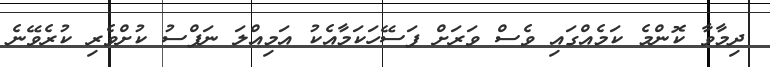
ދިމާވާ ކޮންމެ ކަމެއްގައި ވެސް ވަރަށް ފަސޭހަކަމާއެކު އަމިއްލަ ނަފްސު ކުށްވެރި ކުރެވޭނެ